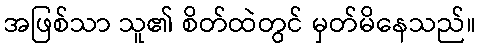
အဖြစ်သာ သူ၏ စိတ်ထဲတွင် မှတ်မိနေသည်။